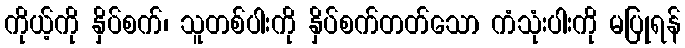
ကိုယ့်ကို နှိပ်စက်၊ သူတစ်ပါးကို နှိပ်စက်တတ်သော ကံသုံးပါးကို မပြုရန်